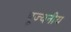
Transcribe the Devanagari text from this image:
पूज्‍यनीय